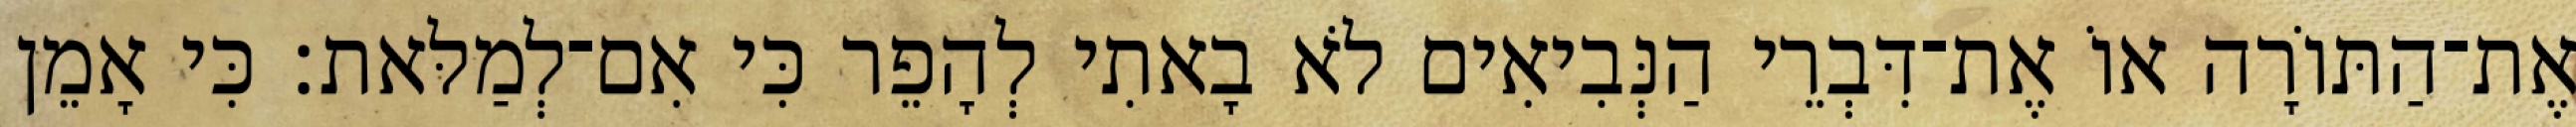
אֶת־הַתּוֹרָה אוֹ אֶת־דִּבְרֵי הַנְּבִיאִים לֹא בָאתִי לְהָפֵר כִּי אִם־לְמַלּאת׃ כִּי אָמֵן